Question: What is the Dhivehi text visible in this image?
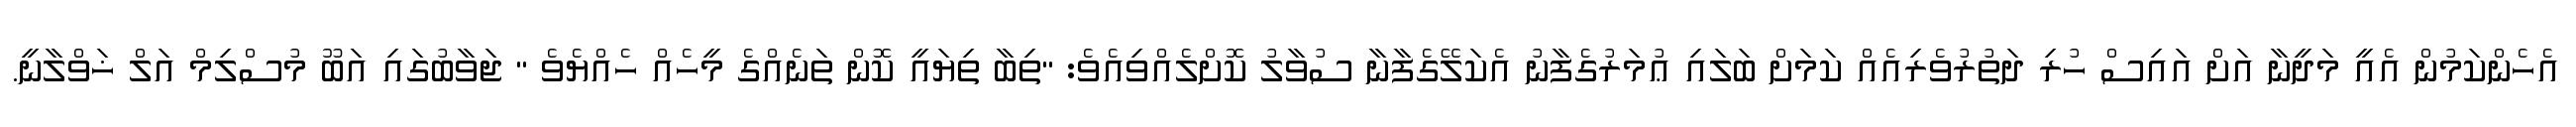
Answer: އެހެންކަމުން އެއީ މަދީނާ އަށް އައިސް ހުރި ދަތުރުވެރިއެއް ކަމަށް ބަލައި ޢުމަރުގެފާނު އެކަލޭގެފާނާ ސުވާލު ކޮށްލެއްވިއެވެ: "ތިބާ ތިޔައީ ކޮން ތަނެއްގެ މީހެއް ހެއްޔެވެ " ޖަވާބުގައި އަބޫ މުސްލިމް އަލް ޚަވްލާނީ.